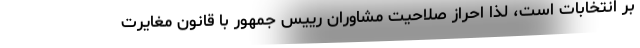
بر انتخابات است، لذا احراز صلاحیت مشاوران رییس جمهور با قانون مغایرت